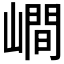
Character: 𡼏